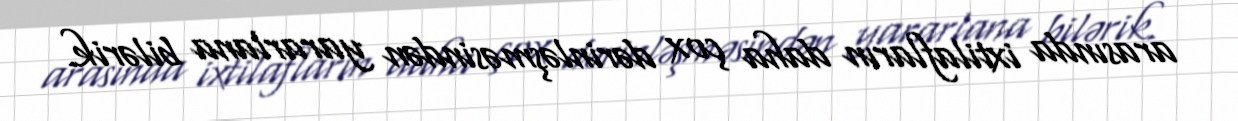
arasında ixtilafların daha çox dərinləşməsindən yararlana bilərik.